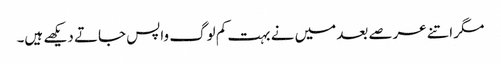
مگر اتنے عرصے بعد میں نے بہت کم لوگ واپس جاتے دیکھے ہیں۔